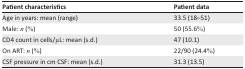
| Patient characteristics | Patient data |
 | --- | --- |
 | Age in years: mean (range) | 33.5 (18–51) |
 | Male: n (%) | 50 (55.6%) |
 | CD4 count in cells/μL: mean (s.d.) | 47 (10.1) |
 | On ART: n (%) | 22/90 (24.4%) |
 | CSF pressure in cm CSF: mean (s.d.) | 31.3 (13.5) |